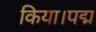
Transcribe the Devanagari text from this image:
किया।पद्म